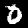
Label: 0